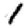
Digit: 1